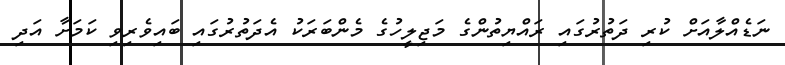
ނަޑެއްލާއަށް ކުރި ދަތުރުގައި ރައްޔިތުންގެ މަޖިލީހުގެ މެންބަރަކު އެދަތުރުގައި ބައިވެރިވި ކަމަށާ އަދި